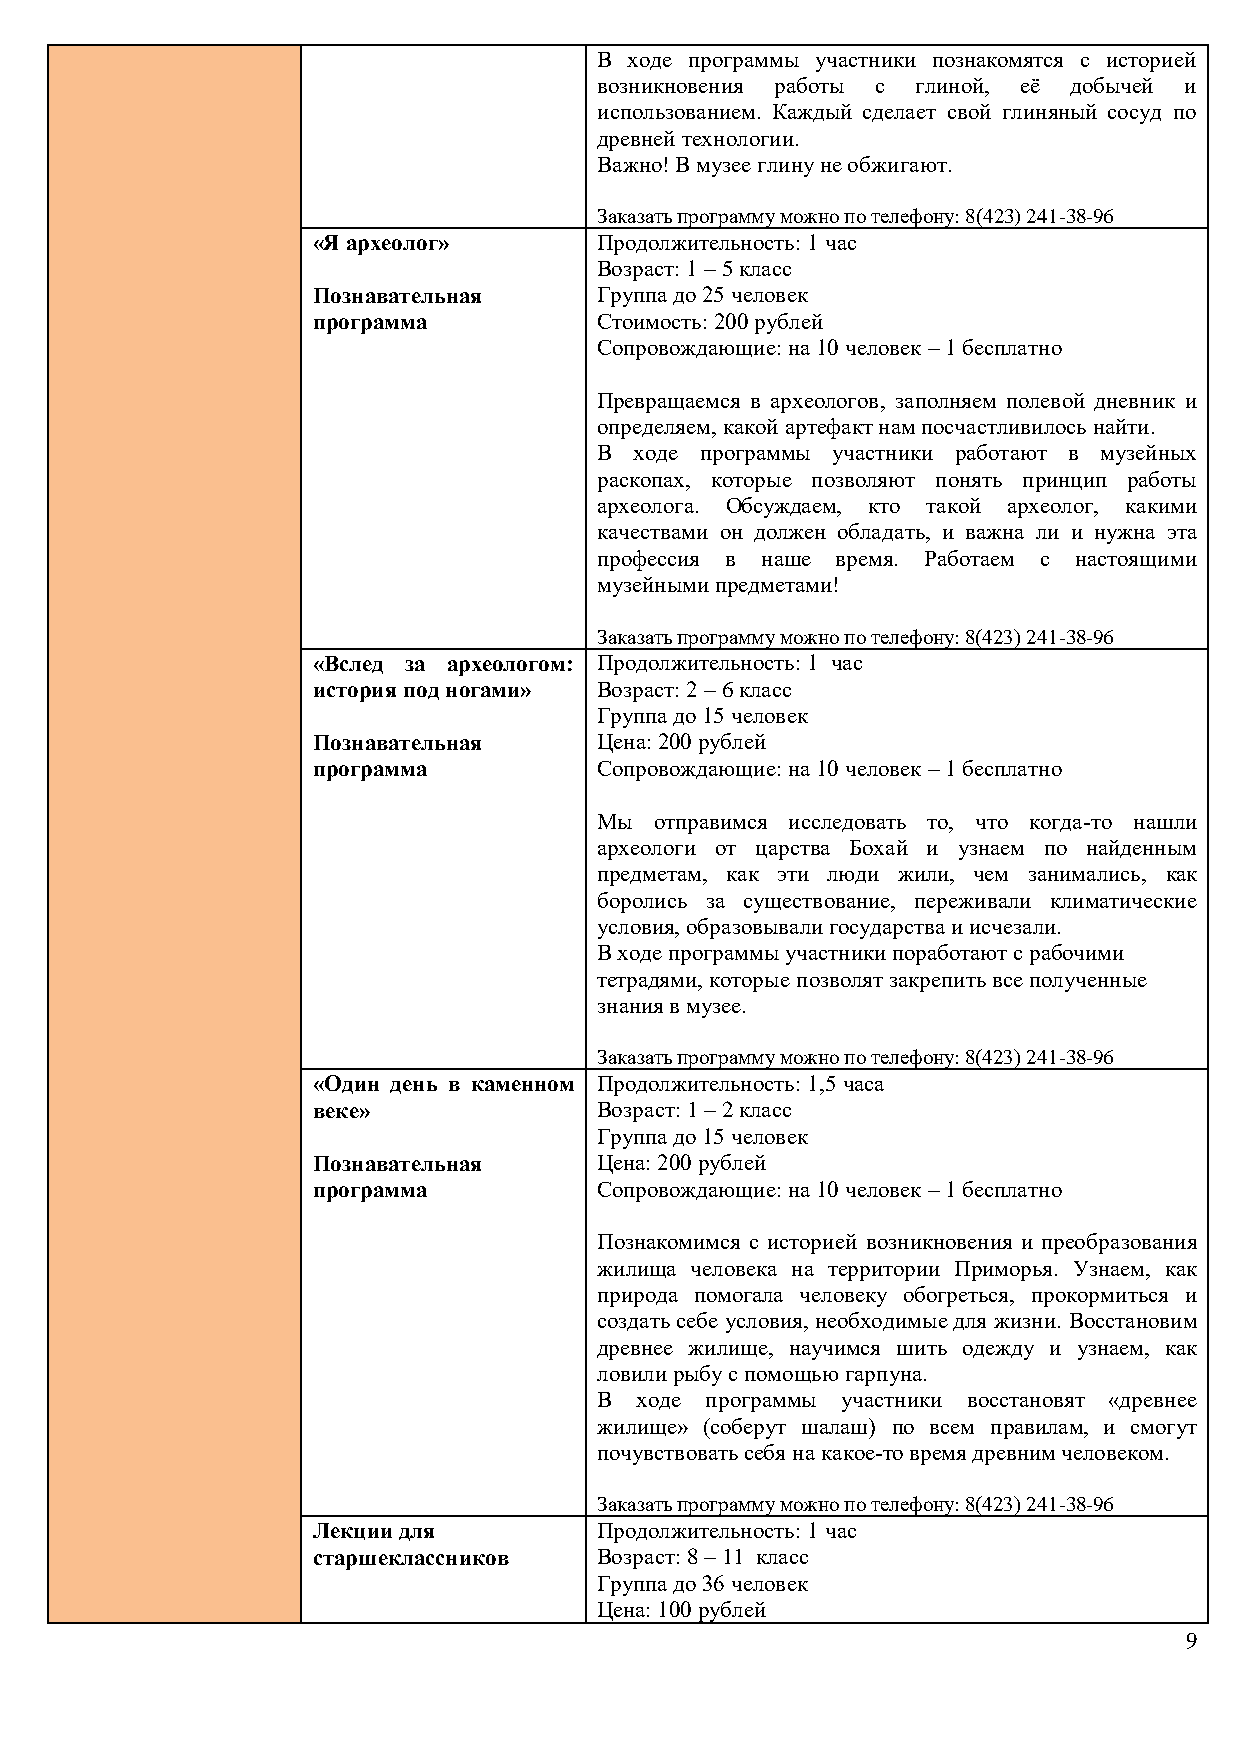
В ходе программы участники познакомятся с историей
 возникновения работы с глиной, её добычей и
 использованием. Каждый сделает свой глиняный сосуд по
 древней технологии.
 Важно! В музее глину не обжигают.
 Заказать программу можно по телефону: 8(423) 241-38-96
 «Я археолог»       Продолжительность: 1 час
 Возраст: 1 – 5 класс
 Познавательная     Группа до 25 человек
 программа          Стоимость: 200 рублей
 Сопровождающие: на 10 человек – 1 бесплатно
 Превращаемся в археологов, заполняем полевой дневник и
 определяем, какой артефакт нам посчастливилось найти.
 В ходе программы участники работают в музейных
 раскопах, которые позволяют понять принцип работы
 археолога. Обсуждаем, кто такой археолог, какими
 качествами он должен обладать, и важна ли и нужна эта
 профессия в наше время. Работаем с настоящими
 музейными предметами!
 Заказать программу можно по телефону: 8(423) 241-38-96
 «Вслед за археологом: Продолжительность: 1 час
 история под ногами» Возраст: 2 – 6 класс
 Группа до 15 человек
 Познавательная     Цена: 200 рублей
 программа          Сопровождающие: на 10 человек – 1 бесплатно
 Мы отправимся исследовать то, что когда-то нашли
 археологи от царства Бохай и узнаем по найденным
 предметам, как эти люди жили, чем занимались, как
 боролись за существование, переживали климатические
 условия, образовывали государства и исчезали.
 В ходе программы участники поработают с рабочими
 тетрадями, которые позволят закрепить все полученные
 знания в музее.
 Заказать программу можно по телефону: 8(423) 241-38-96
 «Один день в каменном Продолжительность: 1,5 часа
 веке»              Возраст: 1 – 2 класс
 Группа до 15 человек
 Познавательная     Цена: 200 рублей
 программа          Сопровождающие: на 10 человек – 1 бесплатно
 Познакомимся с историей возникновения и преобразования
 жилища человека на территории Приморья. Узнаем, как
 природа помогала человеку обогреться, прокормиться и
 создать себе условия, необходимые для жизни. Восстановим
 древнее жилище, научимся шить одежду и узнаем, как
 ловили рыбу с помощью гарпуна.
 В ходе программы участники восстановят «древнее
 жилище» (соберут шалаш) по всем правилам, и смогут
 почувствовать себя на какое-то время древним человеком.
 Заказать программу можно по телефону: 8(423) 241-38-96
 Лекции для         Продолжительность: 1 час
 старшеклассников   Возраст: 8 – 11 класс
 Группа до 36 человек
 Цена: 100 рублей
 9